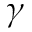
\gamma